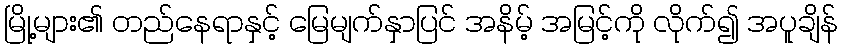
မြို့များ၏ တည်နေရာနှင့် မြေမျက်နှာပြင် အနိမ့် အမြင့်ကို လိုက်၍ အပူချိန်